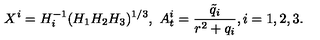
X ^ { i } = H _ { i } ^ { - 1 } ( H _ { 1 } H _ { 2 } H _ { 3 } ) ^ { 1 / 3 } , \ A _ { t } ^ { i } = \frac { \tilde { q } _ { i } } { r ^ { 2 } + q _ { i } } , i = 1 , 2 , 3 .